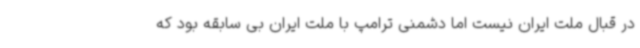
در قبال ملت ایران نیست اما دشمنی ترامپ با ملت ایران بی سابقه بود که